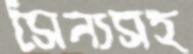
সৈন্যসহ